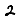
Digit: 2